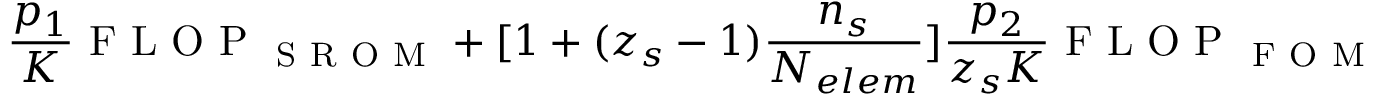
\frac { p _ { 1 } } { K } \mathrm { ~ F ~ L ~ O ~ P ~ } _ { \mathrm { ~ S ~ R ~ O ~ M ~ } } + [ 1 + ( z _ { s } - 1 ) \frac { \ensuremath { n _ { s } } } { \ensuremath { N _ { e l e m } } } ] \frac { p _ { 2 } } { z _ { s } K } \mathrm { ~ F ~ L ~ O ~ P ~ } _ { \mathrm { ~ F ~ O ~ M ~ } }